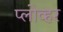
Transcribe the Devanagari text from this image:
प्लोव्हर